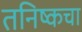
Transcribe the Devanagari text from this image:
तनिष्कचा